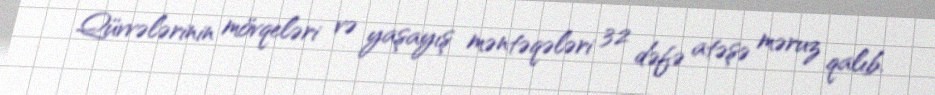
Qüvvələrinin mövqeləri və yaşayış məntəqələri 32 dəfə atəşə məruz qalıb.